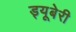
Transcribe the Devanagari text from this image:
ड्यूबेरी